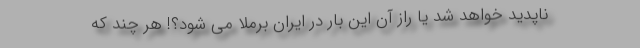
ناپدید خواهد شد یا راز آن این بار در ایران برملا می شود؟! هر چند که